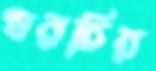
খরচির